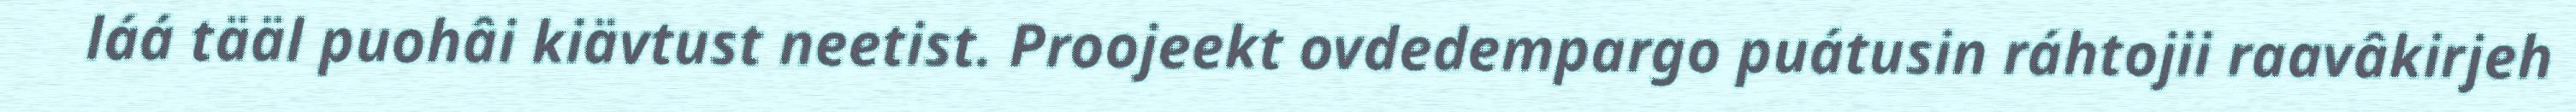
láá tääl puohâi kiävtust neetist. Proojeekt ovdedempargo puátusin ráhtojii raavâkirjeh